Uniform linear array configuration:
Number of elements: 48
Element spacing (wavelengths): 0.75
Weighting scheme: hann
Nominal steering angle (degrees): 45
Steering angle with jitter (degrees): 44.557
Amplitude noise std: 0.05
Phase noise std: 0.05

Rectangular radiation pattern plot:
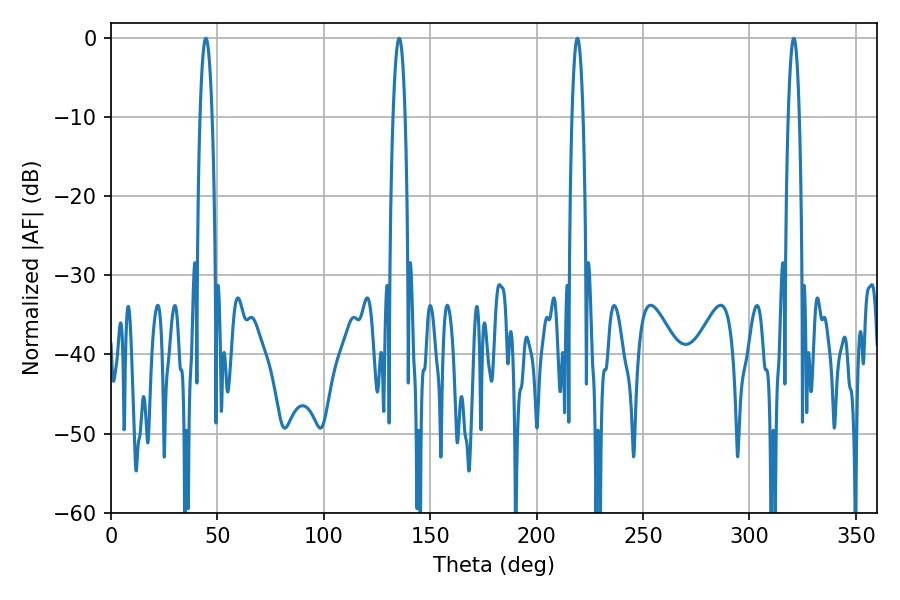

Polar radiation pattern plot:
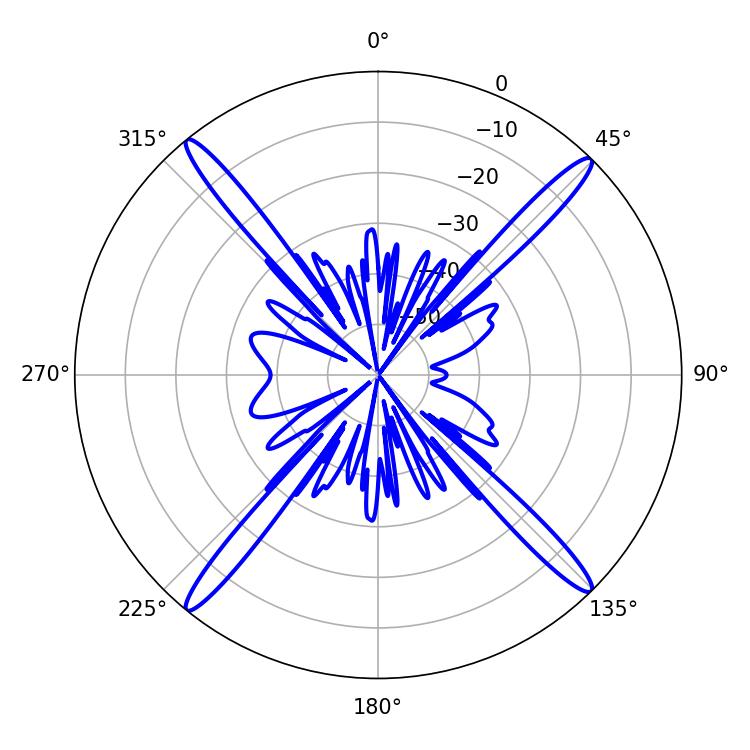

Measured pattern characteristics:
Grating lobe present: TRUE
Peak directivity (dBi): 21.4
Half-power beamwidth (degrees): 3.06
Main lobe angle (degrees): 44.64